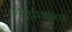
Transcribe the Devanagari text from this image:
विद्युतप्रकाशात